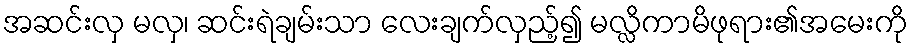
အဆင်းလှ မလှ၊ ဆင်းရဲချမ်းသာ လေးချက်လှည့်၍ မလ္လိကာမိဖုရား၏အမေးကို